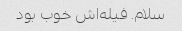
سلام. فیله‌اش خوب بود